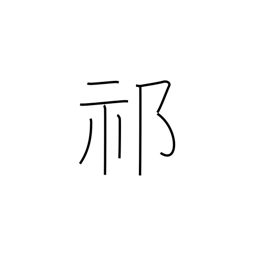
Meaning: intense